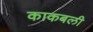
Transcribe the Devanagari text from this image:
काकबली